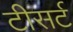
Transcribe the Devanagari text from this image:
टीसर्ट